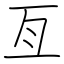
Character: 亙